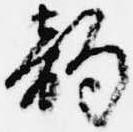
韵